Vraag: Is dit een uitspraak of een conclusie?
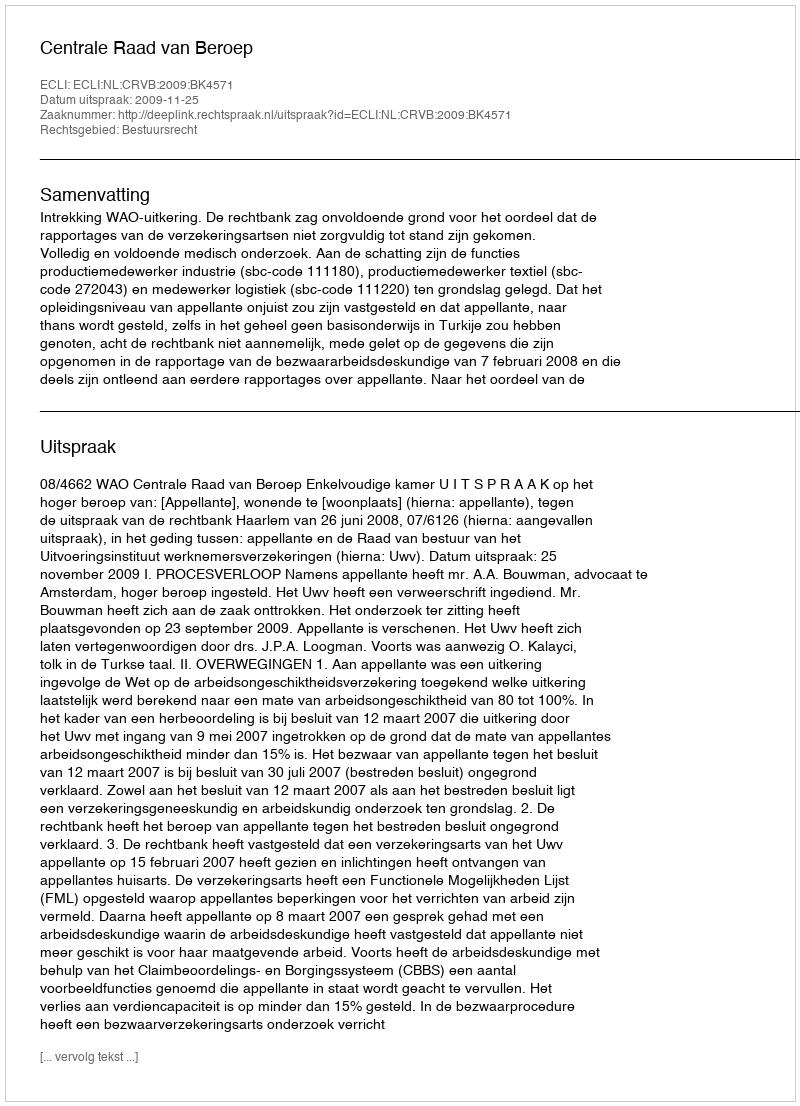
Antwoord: Uitspraak